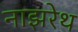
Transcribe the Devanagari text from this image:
नाझरेथ